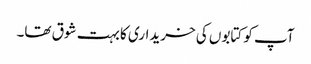
آپ کو کتابوں کی خریداری کا بہت شوق تھا۔